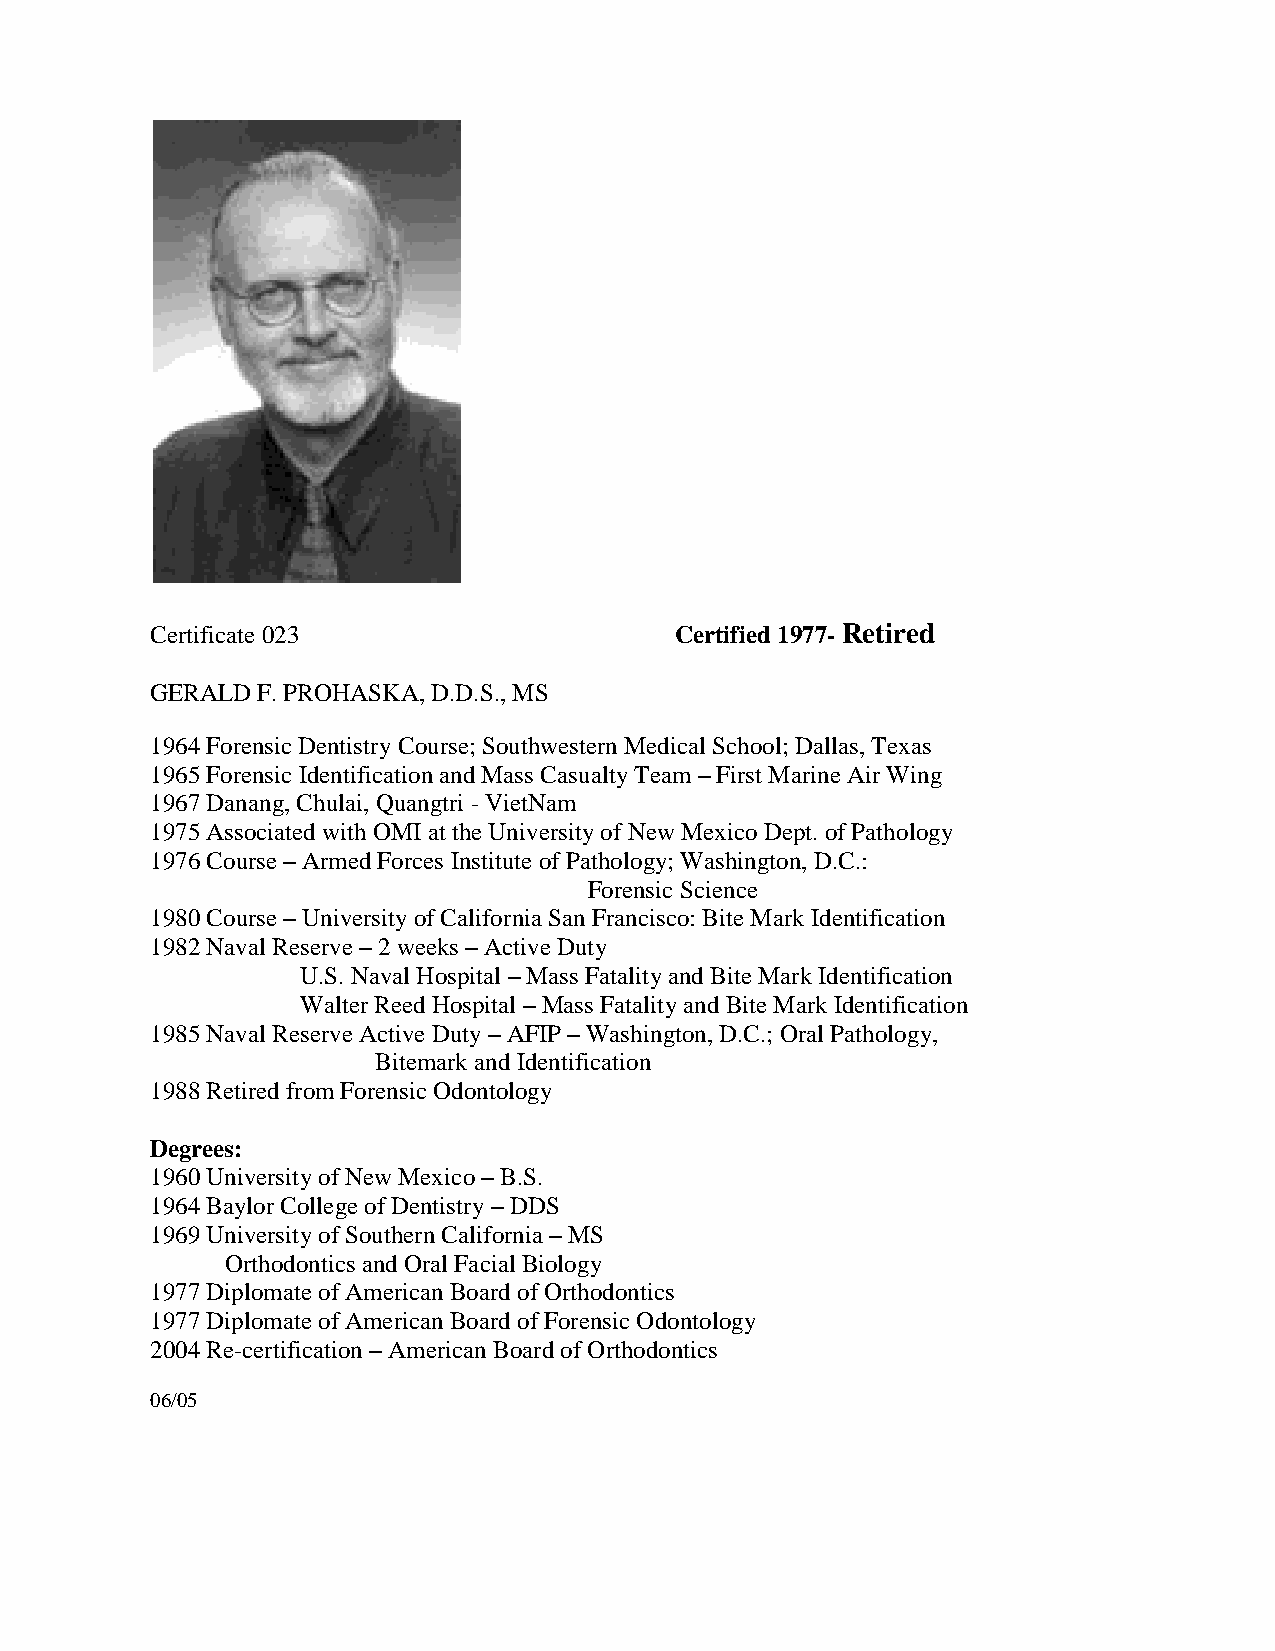
Certificate 023                    Certified 1977- Retired
 GERALD F. PROHASKA, D.D.S., MS
 1964 Forensic Dentistry Course; Southwestern Medical School; Dallas, Texas
 1965 Forensic Identification and Mass Casualty Team – First Marine Air Wing
 1967 Danang, Chulai, Quangtri - VietNam
 1975 Associated with OMI at the University of New Mexico Dept. of Pathology
 1976 Course – Armed Forces Institute of Pathology; Washington, D.C.:
 Forensic Science
 1980 Course – University of California San Francisco: Bite Mark Identification
 1982 Naval Reserve – 2 weeks – Active Duty
 U.S. Naval Hospital – Mass Fatality and Bite Mark Identification
 Walter Reed Hospital – Mass Fatality and Bite Mark Identification
 1985 Naval Reserve Active Duty – AFIP – Washington, D.C.; Oral Pathology,
 Bitemark and Identification
 1988 Retired from Forensic Odontology
 Degrees:
 1960 University of New Mexico – B.S.
 1964 Baylor College of Dentistry – DDS
 1969 University of Southern California – MS
 Orthodontics and Oral Facial Biology
 1977 Diplomate of American Board of Orthodontics
 1977 Diplomate of American Board of Forensic Odontology
 2004 Re-certification – American Board of Orthodontics
 06/05